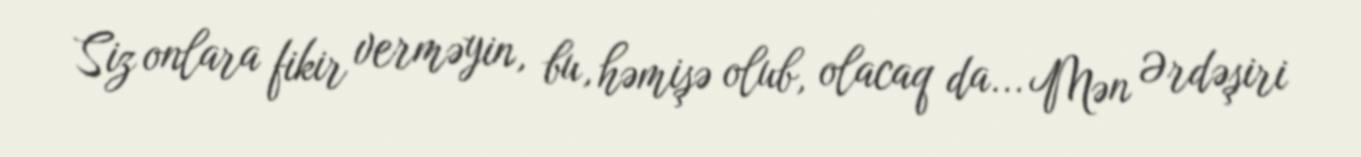
Siz onlara fikir verməyin, bu, həmişə olub, olacaq da... Mən Ərdəşiri